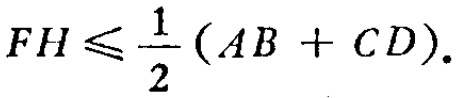
\(FH\leqslant \frac{1}{2}(AB + CD).\)